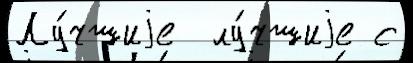
Лу́чшиjе  лу́чшиjе с